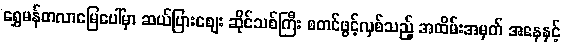
ရွှေမန်တလာမြေပေါ်မှာ ဆယ်ပြားစျေး ဆိုင်သစ်ကြီး စတင်ဖွင့်လှစ်သည့် အထိမ်းအမှတ် အနေနှင့်